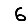
Digit: 6